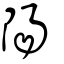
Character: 陽